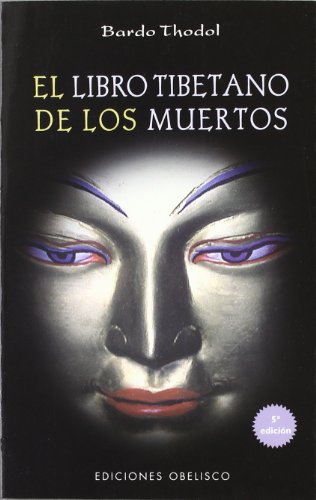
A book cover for Libro Tibetano De Los Muertos/The Tibetan Book of the Dead (Spanish Edition); Bardo Thodol; Religion & Spirituality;